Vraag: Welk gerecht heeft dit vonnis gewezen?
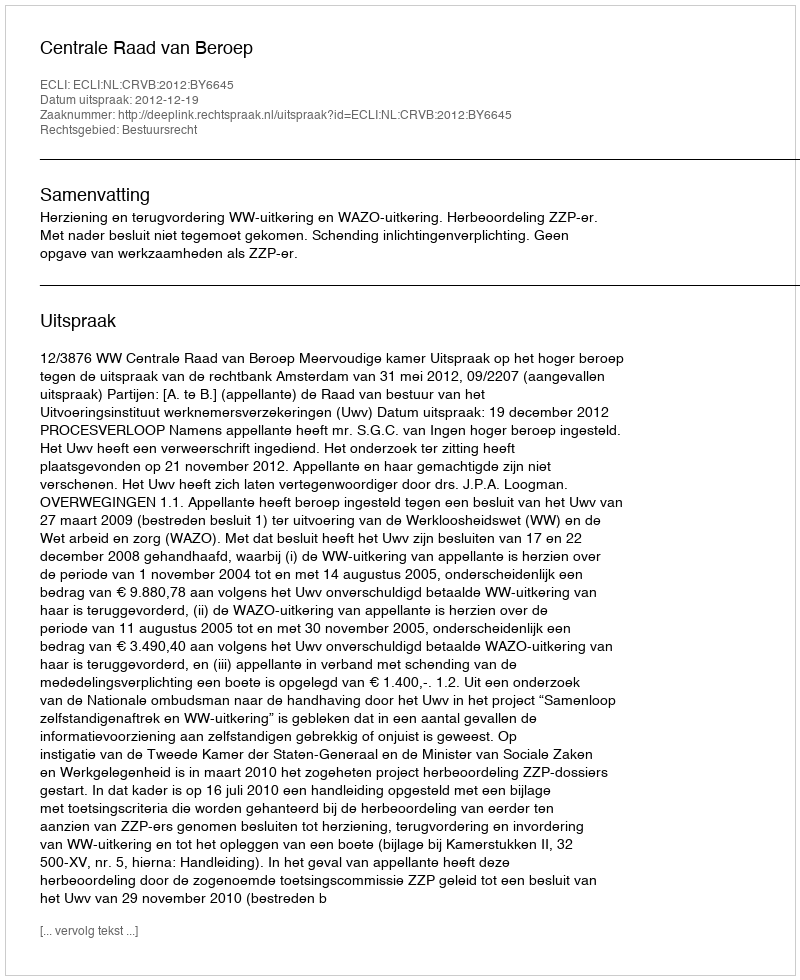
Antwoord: Centrale Raad van Beroep